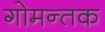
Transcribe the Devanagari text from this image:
गोमन्तक